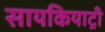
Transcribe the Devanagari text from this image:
सायकियाट्री